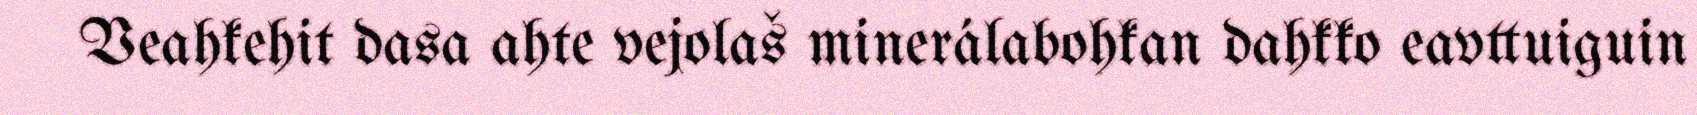
Veahkehit dasa ahte vejolaš minerálabohkan dahkko eavttuiguin